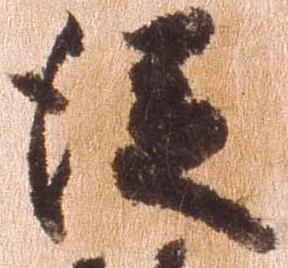
従